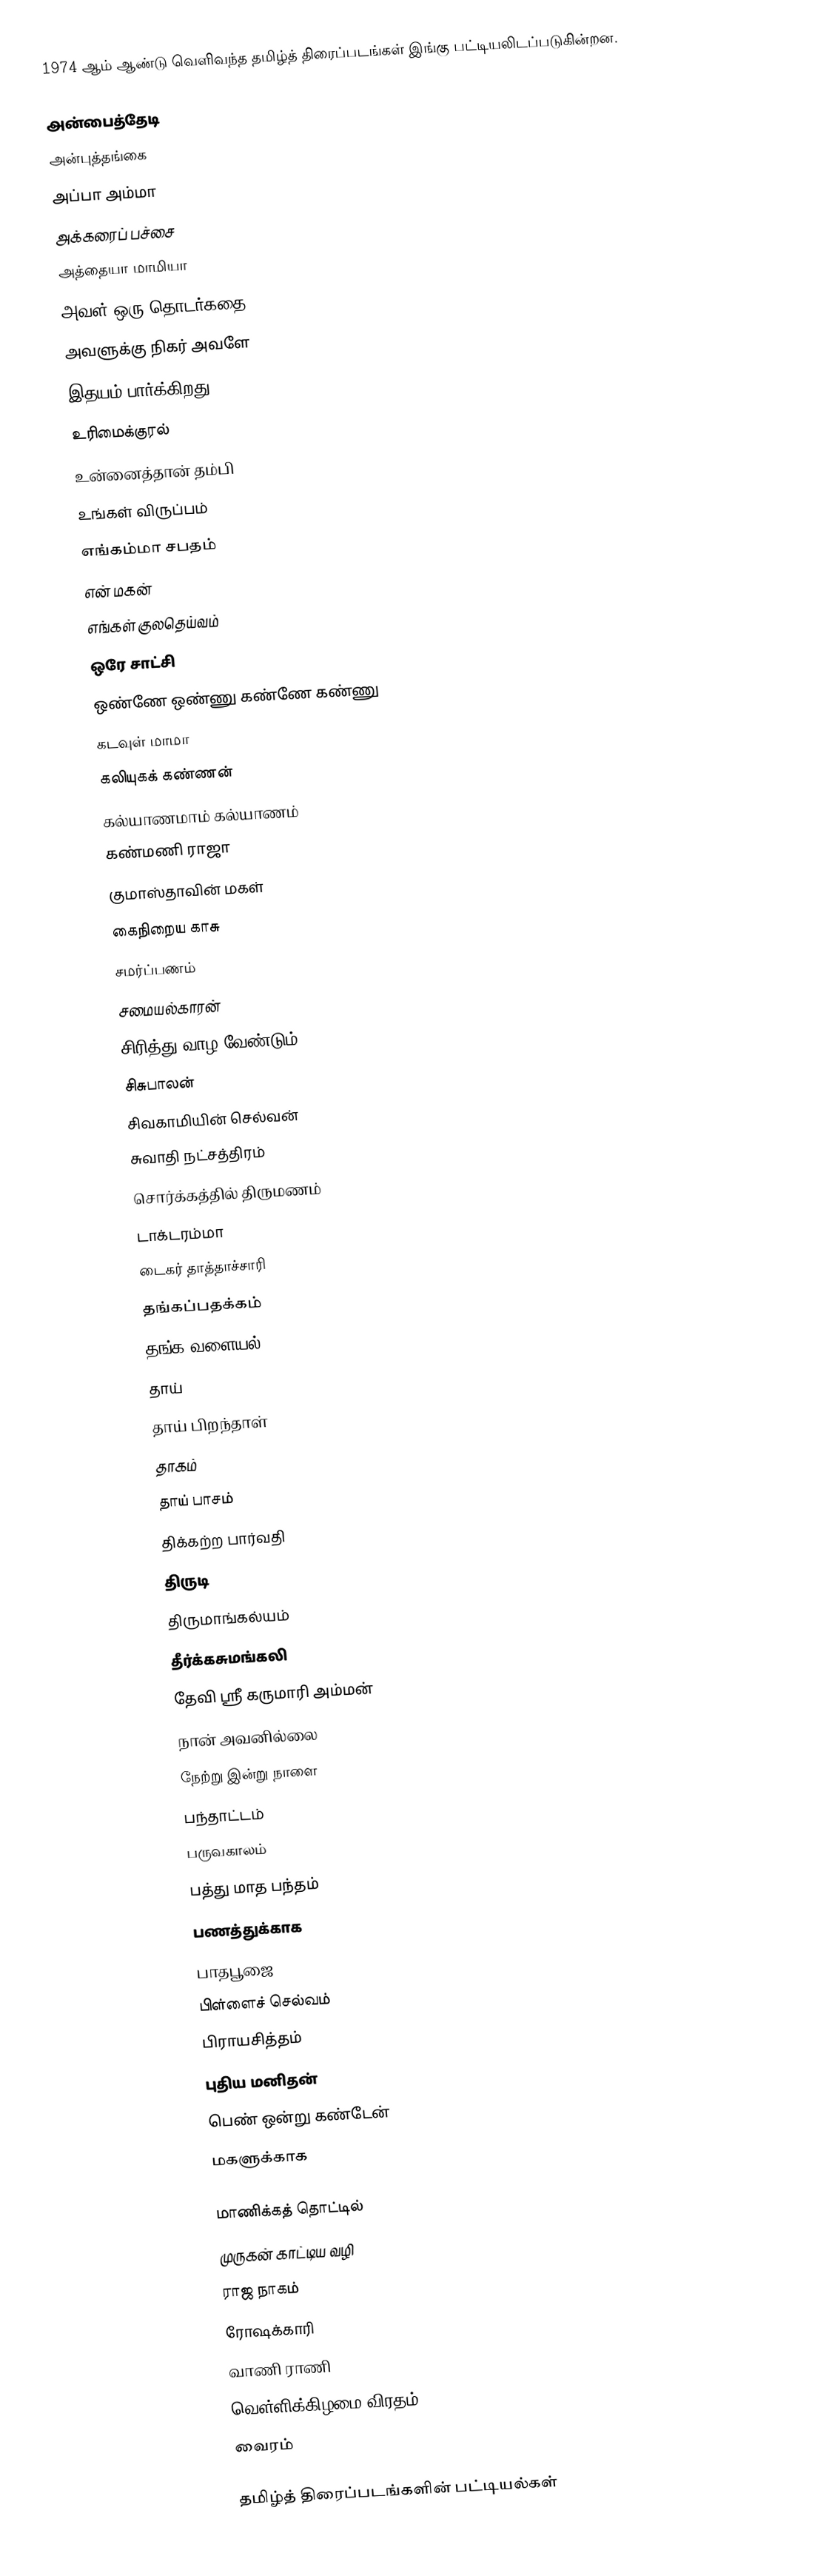
1974 ஆம் ஆண்டு வெளிவந்த தமிழ்த் திரைப்படங்கள் இங்கு பட்டியலிடப்படுகின்றன.

அன்பைத்தேடி
அன்புத்தங்கை
அப்பா அம்மா
அக்கரைப் பச்சை
அத்தையா மாமியா
அவள் ஒரு தொடர்கதை
அவளுக்கு நிகர் அவளே
இதயம் பார்க்கிறது
உரிமைக்குரல்
உன்னைத்தான் தம்பி
உங்கள் விருப்பம்
எங்கம்மா சபதம்
என் மகன்
எங்கள் குலதெய்வம்
ஒரே சாட்சி
ஒண்ணே ஒண்ணு கண்ணே கண்ணு
கடவுள் மாமா
கலியுகக் கண்ணன்
கல்யாணமாம் கல்யாணம்
கண்மணி ராஜா
குமாஸ்தாவின் மகள்
கைநிறைய காசு
சமர்ப்பணம்
சமையல்காரன்
சிரித்து வாழ வேண்டும்
சிசுபாலன்
சிவகாமியின் செல்வன்
சுவாதி நட்சத்திரம்
சொர்க்கத்தில் திருமணம்
டாக்டரம்மா
டைகர் தாத்தாச்சாரி
தங்கப்பதக்கம்
தங்க வளையல்
தாய்
தாய் பிறந்தாள்
தாகம்
தாய் பாசம்
திக்கற்ற பார்வதி
திருடி
திருமாங்கல்யம்
தீர்க்கசுமங்கலி
தேவி ஸ்ரீ கருமாரி அம்மன்
நான் அவனில்லை
நேற்று இன்று நாளை
பந்தாட்டம்
பருவகாலம்
பத்து மாத பந்தம்
பணத்துக்காக
பாதபூஜை
பிள்ளைச் செல்வம்
பிராயசித்தம்
புதிய மனிதன்
பெண் ஒன்று கண்டேன்
மகளுக்காக

மாணிக்கத் தொட்டில்
முருகன் காட்டிய வழி
ராஜ நாகம்
ரோஷக்காரி
வாணி ராணி
வெள்ளிக்கிழமை விரதம்
வைரம்

தமிழ்த் திரைப்படங்களின் பட்டியல்கள்